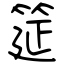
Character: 筵